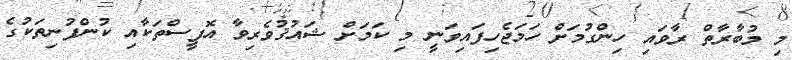
މި މުބާރާތް ރާވައި ހިންގުމަށް ހަމަޖެހިފައިވަނީ މި ކަމަށް ޝައުޤުވެރިވާ އޮފީސްތަކާއި ކުންފުނިތަކުގެ